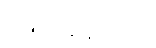
ဖော်ပြနေသည်